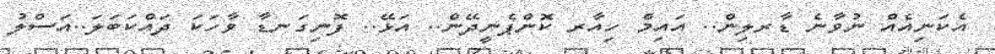
އެކަނިއެއް ނުވާނެ ޑާރލިން.. އައިމް ހިއާރ ކޮންޕެނީދޭން.. އަޅޭ.. ފޮނިގަނޑާ ވާހަކަ ދައްކަބަލަ..އަސްލު